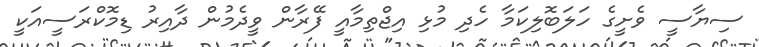
ސިޔާސީ ވެށީގެ ހަލަބޮލިކަމާ ހެދި މުޅި އިޖްތިމާއީ ފޭރާން ވީދެމުން ދާއިރު ޑިމޮކްރަސީއަކީ